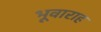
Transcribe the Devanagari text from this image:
भूवाराह